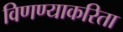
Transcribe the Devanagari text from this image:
विणण्याकरिता